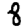
Digit: 8